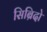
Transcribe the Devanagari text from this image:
सिब्रिदो